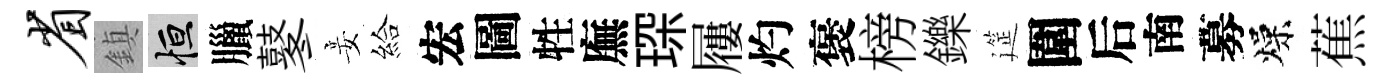
省鎮恒臘鼕妾給宏圖牲廡琛屨灼褒榜鑠筵圍后南募燥蕉